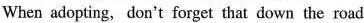
When adopting, don't forget that down the road